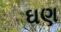
ઘણ